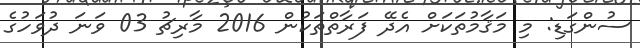
ސުންގަޑި: މި މަޤާމުތަކަށް އެދޭ ފަރާތްތަކުން 2016 މާރިޗު 03 ވަނަ ދުވަހުގެ